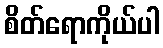
စိတ်ရောကိုယ်ပါ